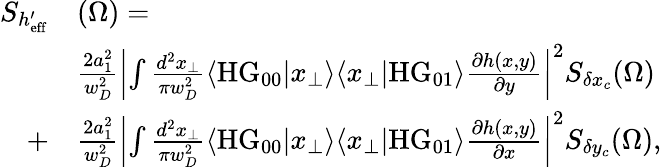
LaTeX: \begin{array}{rl}{S_{h_{\mathrm{eff}}^{\prime}}}&{(\Omega)=}\\ &{\frac{2a_{1}^{2}}{w_{D}^{2}}\left|\int\frac{d^{2}x_{\perp}}{\pi w_{D}^{2}}\langle\mathrm{HG}_{00}|x_{\perp}\rangle\langle x_{\perp}|\mathrm{HG}_{01}\rangle\frac{\partial h(x,y)}{\partial y}\right|^{2}S_{\delta x_{c}}(\Omega)}\\ {+}&{\frac{2a_{1}^{2}}{w_{D}^{2}}\left|\int\frac{d^{2}x_{\perp}}{\pi w_{D}^{2}}\langle\mathrm{HG}_{00}|x_{\perp}\rangle\langle x_{\perp}|\mathrm{HG}_{01}\rangle\frac{\partial h(x,y)}{\partial x}\right|^{2}S_{\delta y_{c}}(\Omega),}\end{array}